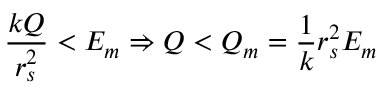
\frac { k Q } { r _ { s } ^ { 2 } } < E _ { m } \Rightarrow Q < Q _ { m } = \frac { 1 } { k } r _ { s } ^ { 2 } E _ { m }